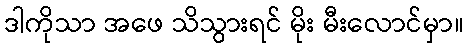
ဒါကိုသာ အဖေ သိသွားရင် မိုး မီးလောင်မှာ။